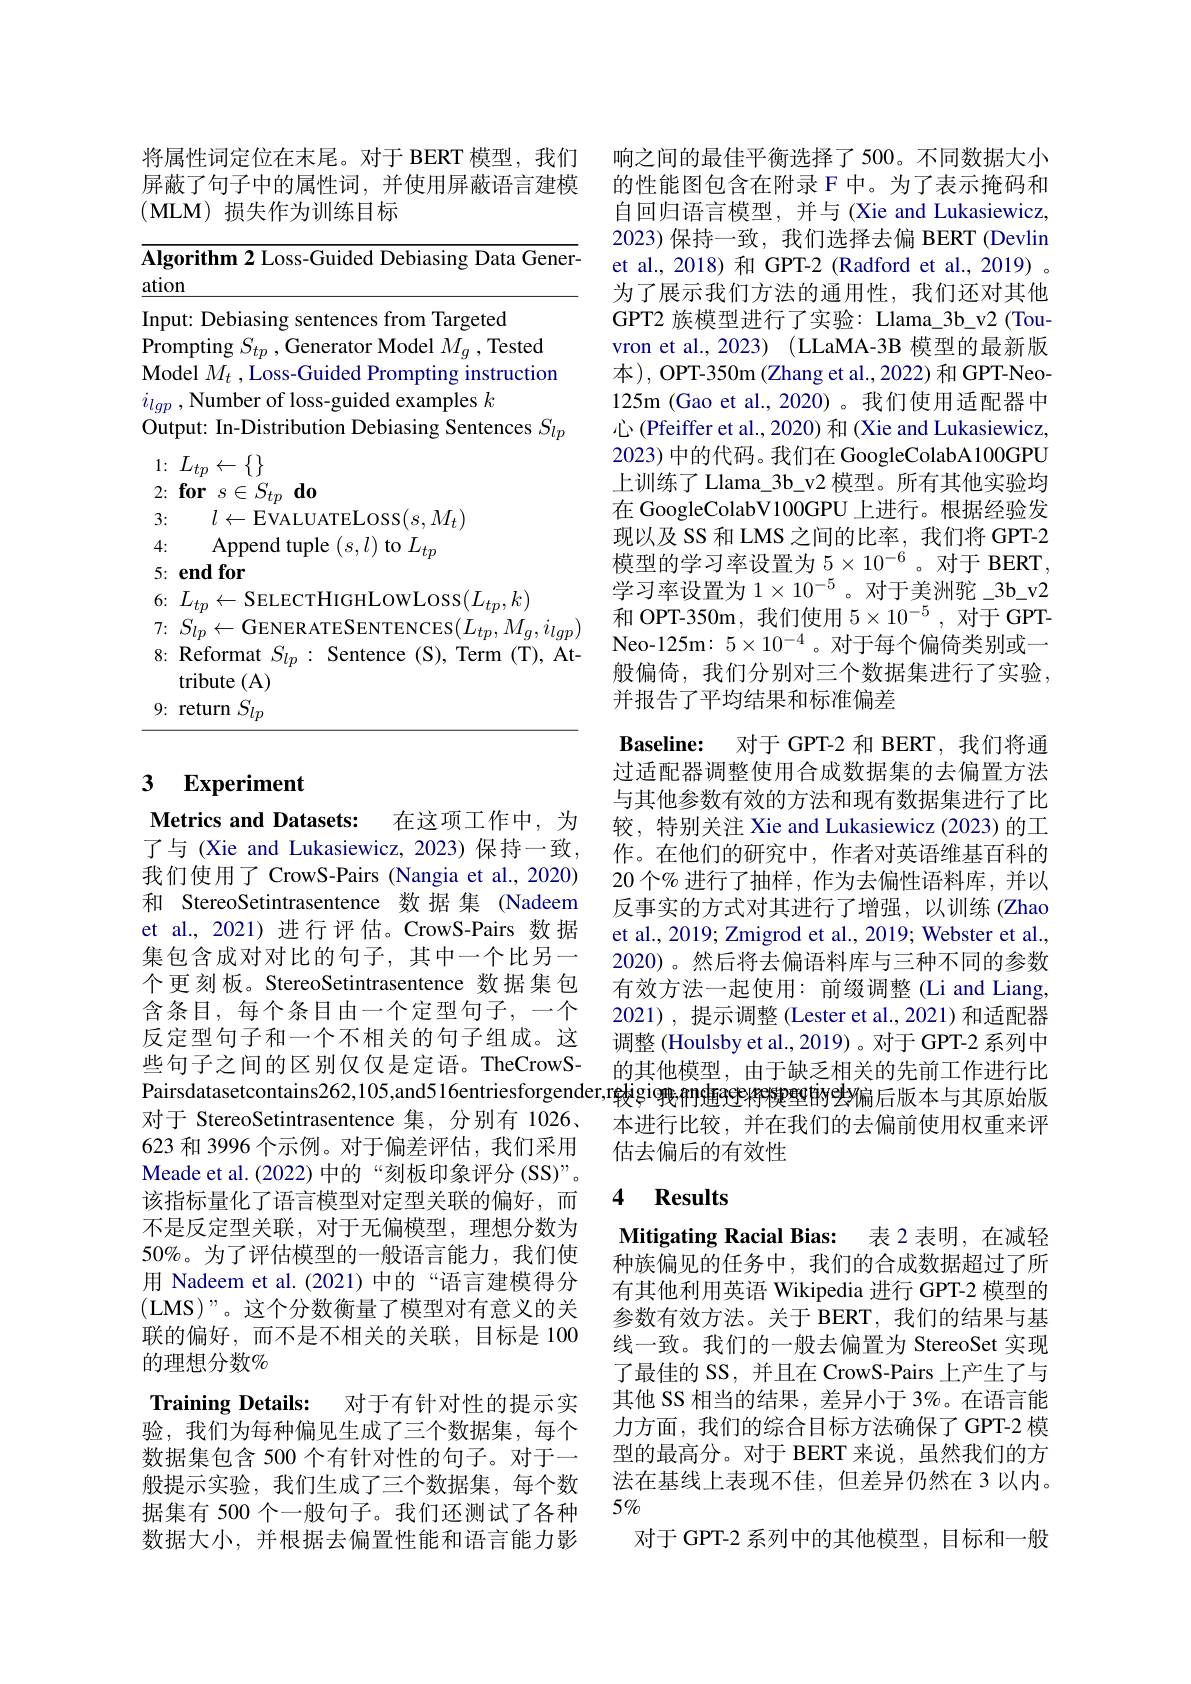
将属性词定位在末尾。对于 BERT 模型，我们屏蔽了句子中的属性词，并使用屏蔽语言建模(MLM)损失作为训练目标

Algorithm 2 Loss-Guided Debiasing Data Gener-
$\underline{\text{ation}}$
Input: Debiasing sentences from Targeted
Prompting $S_tp$ , Generator Model $M_g$ , Tested Model $M_t$ , Loss-Guided Prompting instruction $i_{lgp}$ , Number of loss-guided examples $k$
Output: In-Distribution Debiasing Sentences $S_lp$
$1\nobreak {: } $ $L_{tp}\leftarrow \{ \}$
$2: \textbf{for}s\in S_{tp}\textbf{do}$
3: $l\leftarrow$EVALUATELOSS$(s,M_t)$
4: Append tuple $(s,l)$ to $L_tp$
5: end for
6{:} $L_{tp}\leftarrow$SELECTHIGHLOWLOSS$(L_tp,k)$
7{:} $S_{lp}\leftarrow$GENER ATESENTENCES$(L_tp,M_g,i_{lgp})$ 8: Reformat $S_lp:$ Sentence (S), Term (T), At-
tribute (A) 9: return $S_lp$

### $\textbf{3}$ $\textbf{Experiment}$

Metrics and Datasets:

在这项工作中，为
了与 (Xie and Lukasiewicz, 2023)保持一致， 我们使用了 CrowS-Pairs (Nangia et al., 2020) 和 StereoSetintrasentence 数据 集 (Nadeem et al., 2021) 进行评估。CrowS-Pairs 数据集包含成对对比的句子，其中一个比另一个更刻板。StereoSetintrasentence 数据集包含条目，每个条目由一个定型句子，一个反定型句子和一个不相关的句子组成。这些句子之间的区别仅仅是定语。TheCrowS对于 StereoSetintrasentence 集，分别有 1026、 623 和 3996 个示例。对于偏差评估，我们采用Meade et al. (2022) 中的“刻板印象评分 (SS)”。该指标量化了语言模型对定型关联的偏好，而不是反定型关联，对于无偏模型，理想分数为50%。为了评估模型的一般语言能力，我们使用 Nadeem et al.(2021) 中的“语言建模得分(LMS)”。这个分数衡量了模型对有意义的关联的偏好，而不是不相关的关联，目标是 100的理想分数%
Training Details: 对于有针对性的提示实验，我们为每种偏见生成了三个数据集，每个数据集包含 500 个有针对性的句子。对于一般提示实验，我们生成了三个数据集，每个数据集有 500 个一般句子。我们还测试了各种数据大小，并根据去偏置性能和语言能力影

响之间的最佳平衡选择了500。不同数据大小的性能图包含在附录 F 中。为了表示掩码和自回归语言模型，并与(Xie and Lukasiewicz, 2023)保持一致，我们选择去偏 BERT (Devlin et al.,2018)和 GPT-2 (Radford et al.,2019) 。为了展示我们方法的通用性，我们还对其他GPT2 族模型进行了实验：Llama\_3b\_v2 (Touvron et al., 2023) (LLaMA-3B 模型的最新版本), OPT-350m (Zhang et al.,2022) 和 GPT-Neo- 125m (Gao et al., 2020) 。我们使用适配器中心 (Pfeiffer et al., 2020) 和 (Xie and Lukasiewicz, 2023) 中的代码。我们在 GoogleColabA100GPU 上训练了 Llama\_3b\_v2 模型。所有其他实验均在 GoogleColabV100GPU 上进行。根据经验发现以及 SS 和 LMS 之间的比率，我们将 GPT-2模型的学习率设置为$5\times10^{-6}$ 。对于 BERT, 学习率设置为$1\times10^{-5}$。对于美洲驼\_3b\_v2和 OPT-350m, 我们使用$5\times10^{-5}$,对于 GPTNeo-125m: $5\times10^{-4}$ 。对于每个偏倚类别或一般偏倚，我们分别对三个数据集进行了实验， 并报告了平均结果和标准偏差
$\textbf{Baseline: }$ 对于 GPT-2 和 BERT,我们将通过适配器调整使用合成数据集的去偏置方法与其他参数有效的方法和现有数据集进行了比较，特别关注 Xie and Lukasiewicz (2023)的工作。在他们的研究中，作者对英语维基百科的20 个% 进行了抽样，作为去偏性语料库，并以反事实的方式对其进行了增强，以训练(Zhao et al., 2019; Zmigrod et al., 2019; Webster et al., 2020)。然后将去偏语料库与三种不同的参数有效方法一起使用：前缀调整 (Li and Liang, 2021),提示调整 (Lester et al.,2021)和适配器调整 (Houlsby et al., 2019) 。对于 GPT-2 系列中的其他模型，由于缺乏相关的先前工作进行比
Pairsdatasetcontains262,105,and516entriesforgender,rakigiormegiowmegeryaredier, rakigiowmegeryrapedis berandera $f(x)=f(x)$ chingerander, cherander, cherandera $f(x)=f(x)$ cherandera $f(x)=f(x)$
本进行比较，并在我们的去偏前使用权重来评
估去偏后的有效性

### 4 $\mathbf{Results}$

Mitigating Racial Bias: 表 2 表明，在减轻种族偏见的任务中，我们的合成数据超过了所有其他利用英语 Wikipedia 进行 GPT-2 模型的参数有效方法。关于 BERT, 我们的结果与基线一致。我们的一般去偏置为 StereoSet 实现了最佳的 SS, 并且在 CrowS-Pairs 上产生了与其他 SS 相当的结果，差异小于 3%。在语言能力方面，我们的综合目标方法确保了 GPT-2 模型的最高分。对于 BERT 来说，虽然我们的方法在基线上表现不佳，但差异仍然在 3 以内。$5\%$
对于 GPT-2 系列中的其他模型，目标和一般